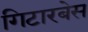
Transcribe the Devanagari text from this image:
गिटारबेस